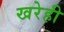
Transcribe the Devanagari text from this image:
खरेही